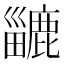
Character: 𪋍